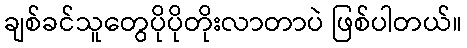
ချစ်ခင်သူတွေပိုပိုတိုးလာတာပဲ ဖြစ်ပါတယ်။